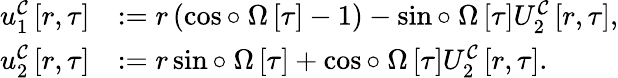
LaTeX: \begin{array}{rl}{u_{1}^{\mathcal{C}}\left[r,\tau\right]}&{:=r\left(\cos\circ~\Omega\left[\tau\right]-1\right)-\sin\circ~\Omega\left[\tau\right]U_{2}^{\mathcal{C}}\left[r,\tau\right],}\\ {u_{2}^{\mathcal{C}}\left[r,\tau\right]}&{:=r\sin\circ~\Omega\left[\tau\right]+\cos\circ~\Omega\left[\tau\right]U_{2}^{\mathcal{C}}\left[r,\tau\right].}\end{array}